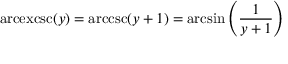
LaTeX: \operatorname { a r c e x c s c } ( y ) = \operatorname { a r c c s c } ( y + 1 ) = \arcsin \left( { \frac { 1 } { y + 1 } } \right)